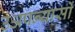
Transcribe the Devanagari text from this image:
उअपन्यासों